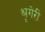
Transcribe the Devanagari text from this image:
श्रृगेरी